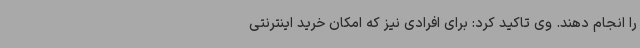
را انجام دهند. وی تاکید کرد: برای افرادی نیز که امکان خرید اینترنتی